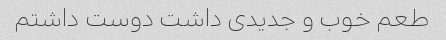
طعم خوب و جدیدی داشت دوست داشتم